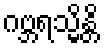
ဂဗ္ဘရသ္မိန္တိ